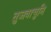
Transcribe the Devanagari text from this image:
तुजवाचुनि